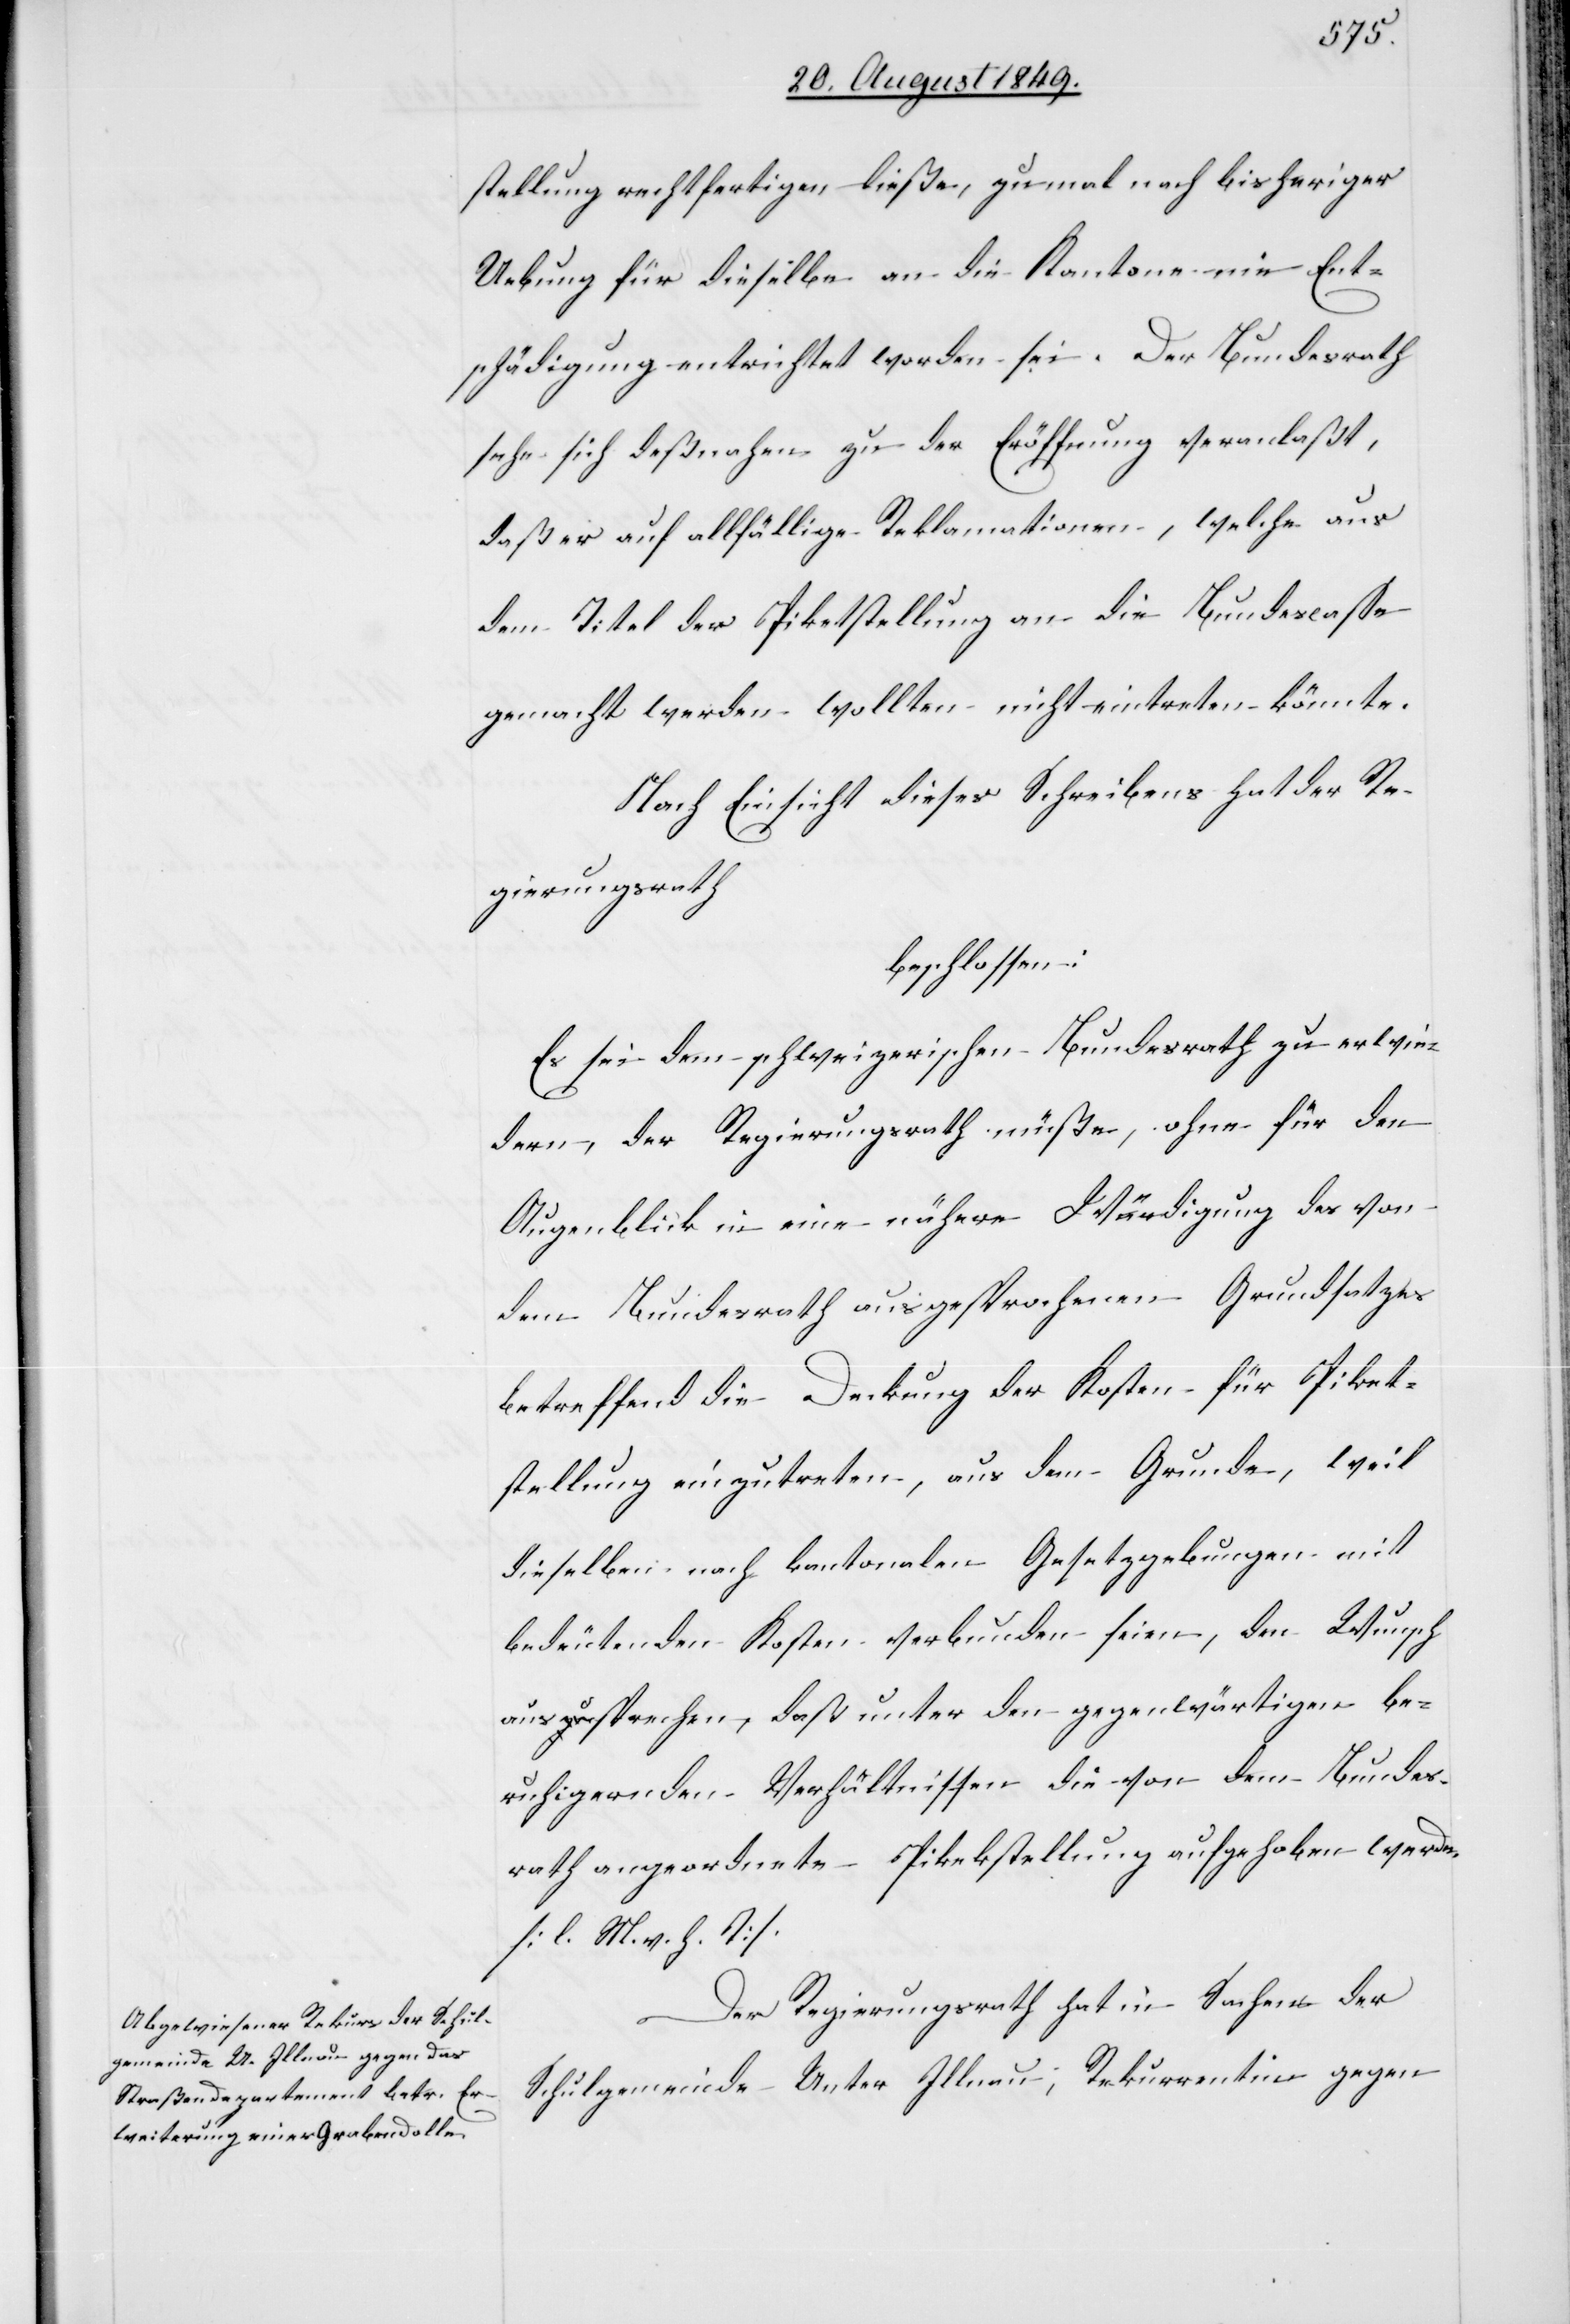
stellung rechtfertigen ließe, zumal nach bisheriger
Uebung für dieselbe an die Kantone nie Ent¬
schädigung entrichtet worden sei. Der Bundesrath
sehe sich deßnahen zu der Eröffnung veranlaßt,
daß er auf allfällige Reklamationen, welche aus
dem Titel der Piketstellung an die Bundescasse
gemacht werden wollten nicht eintreten könnte.
Nach Einsicht dieses Schreibens hat der Re¬
gierungsrath
beschlossen:
Es sei dem schweizerischen Bundesrath zu erwie¬
dern, der Regierungsrath müße, ohne für den
Augenblick in eine nähere Würdigung des von
dem Bundesrath ausgesprochenen Grundsatzes
betreffend die Deckung der Kosten für Piket¬
stellung einzutreten, aus dem Grunde, weil
dieselben nach kantonalen Gesetzgebungen mit
bedeutenden Kosten verbunden seien, den Wunsch
aussprechen, daß unter den gegenwärtigen be¬
ruhigernden Verhältnissen die von dem Bundes¬
rath angeordnete Piketstellung aufgehoben werde.
[l. M. v. h. T]
Der Regierungsrath hat in Sachen der
Schulgemeinde Unter Illnau; Rekurrentin gegen